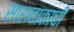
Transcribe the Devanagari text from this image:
सारावाकाची